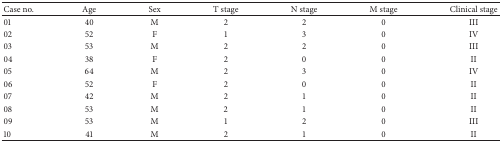
<table><thead><tr><td><b>Case no.</b></td><td><b>Age</b></td><td><b>Sex</b></td><td><b>T stage</b></td><td><b>N stage</b></td><td><b>M stage</b></td><td><b>Clinical stage</b></td></tr></thead><tbody><tr><td>01</td><td>40</td><td>M</td><td>2</td><td>2</td><td>0</td><td>III</td></tr><tr><td>02</td><td>52</td><td>F</td><td>1</td><td>3</td><td>0</td><td>IV</td></tr><tr><td>03</td><td>53</td><td>M</td><td>2</td><td>2</td><td>0</td><td>III</td></tr><tr><td>04</td><td>38</td><td>F</td><td>2</td><td>0</td><td>0</td><td>II</td></tr><tr><td>05</td><td>64</td><td>M</td><td>2</td><td>3</td><td>0</td><td>IV</td></tr><tr><td>06</td><td>52</td><td>F</td><td>2</td><td>0</td><td>0</td><td>II</td></tr><tr><td>07</td><td>42</td><td>M</td><td>2</td><td>1</td><td>0</td><td>II</td></tr><tr><td>08</td><td>53</td><td>M</td><td>2</td><td>1</td><td>0</td><td>II</td></tr><tr><td>09</td><td>53</td><td>M</td><td>1</td><td>2</td><td>0</td><td>III</td></tr><tr><td>10</td><td>41</td><td>M</td><td>2</td><td>1</td><td>0</td><td>II</td></tr></tbody></table>